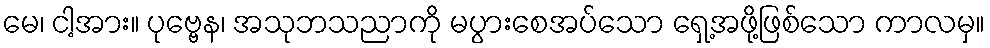
မေ၊ ငါ့အား။ ပုဗ္ဗေန၊ အသုဘသညာကို မပွားစေအပ်သော ရှေ့အဖို့ဖြစ်သော ကာလမှ။